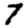
Digit: 7